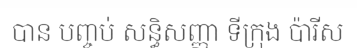
បាន បញ្ចប់ សន្ធិសញ្ញា ទីក្រុង ប៉ារីស